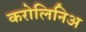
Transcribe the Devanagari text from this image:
करोलिनिअ